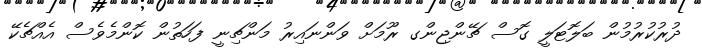
ދުރުކުރުމުން ބަލޮޓަލީ ގޮސް ޗޭންޖިންގ ރޫމަށް ވަންނައިރު މަންޗިނީ ފަހަތުން ކޮންމެވެސް އެއްޗެކޭ